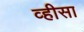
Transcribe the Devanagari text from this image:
व्हीसा